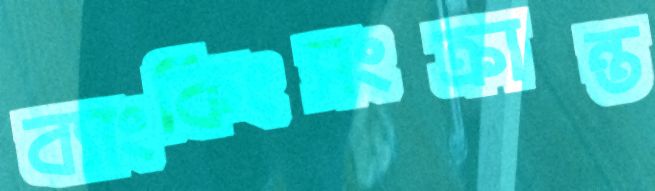
ব্যাংকিংসংক্রান্ত